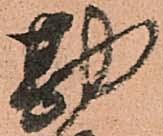
勘